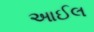
આઈલ